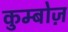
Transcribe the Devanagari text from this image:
कुम्बोज़